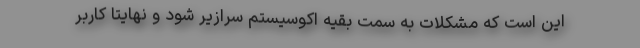
این است که مشکلات به سمت بقیه اکوسیستم سرازیر شود و نهایتاً کاربر